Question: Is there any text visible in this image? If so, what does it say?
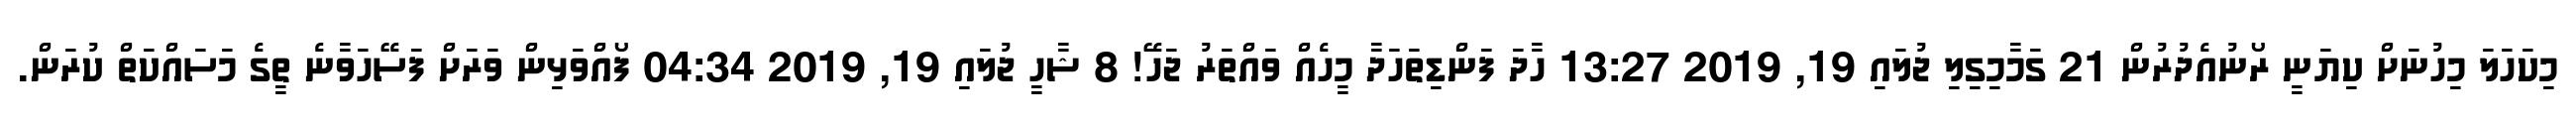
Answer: މިކަހަލަ މިހުނަށް ކިޔަނީ ރޯނުއެދުރުން 21 ގަމާމިގިލި ޖުލައި 19, 2019 13:27 ހާދަ ފަންޑިތަހަދާ މީހެއް ވައްތަރު ޖަހަަޭ! 8 ޝާހީ ޖުލައި 19, 2019 04:34 ފޯއްވަޅިން ވަރަށް ފަސޭހަވާނެ ތީގެ މަސައްކަތް ކުރަން.